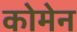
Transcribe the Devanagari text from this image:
कोमेन